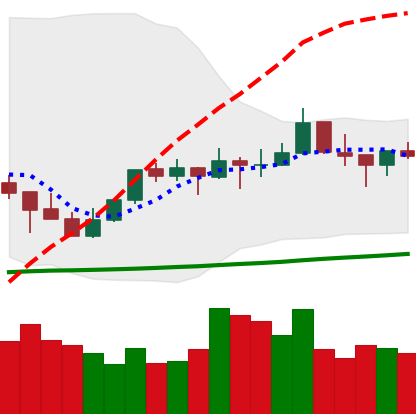
Ticker: TRX-USD
Chart end date: 2021-10-14
Forward return: 3.551%
Label: up_3_5